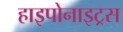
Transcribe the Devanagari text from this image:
हाइपोनाइट्रस